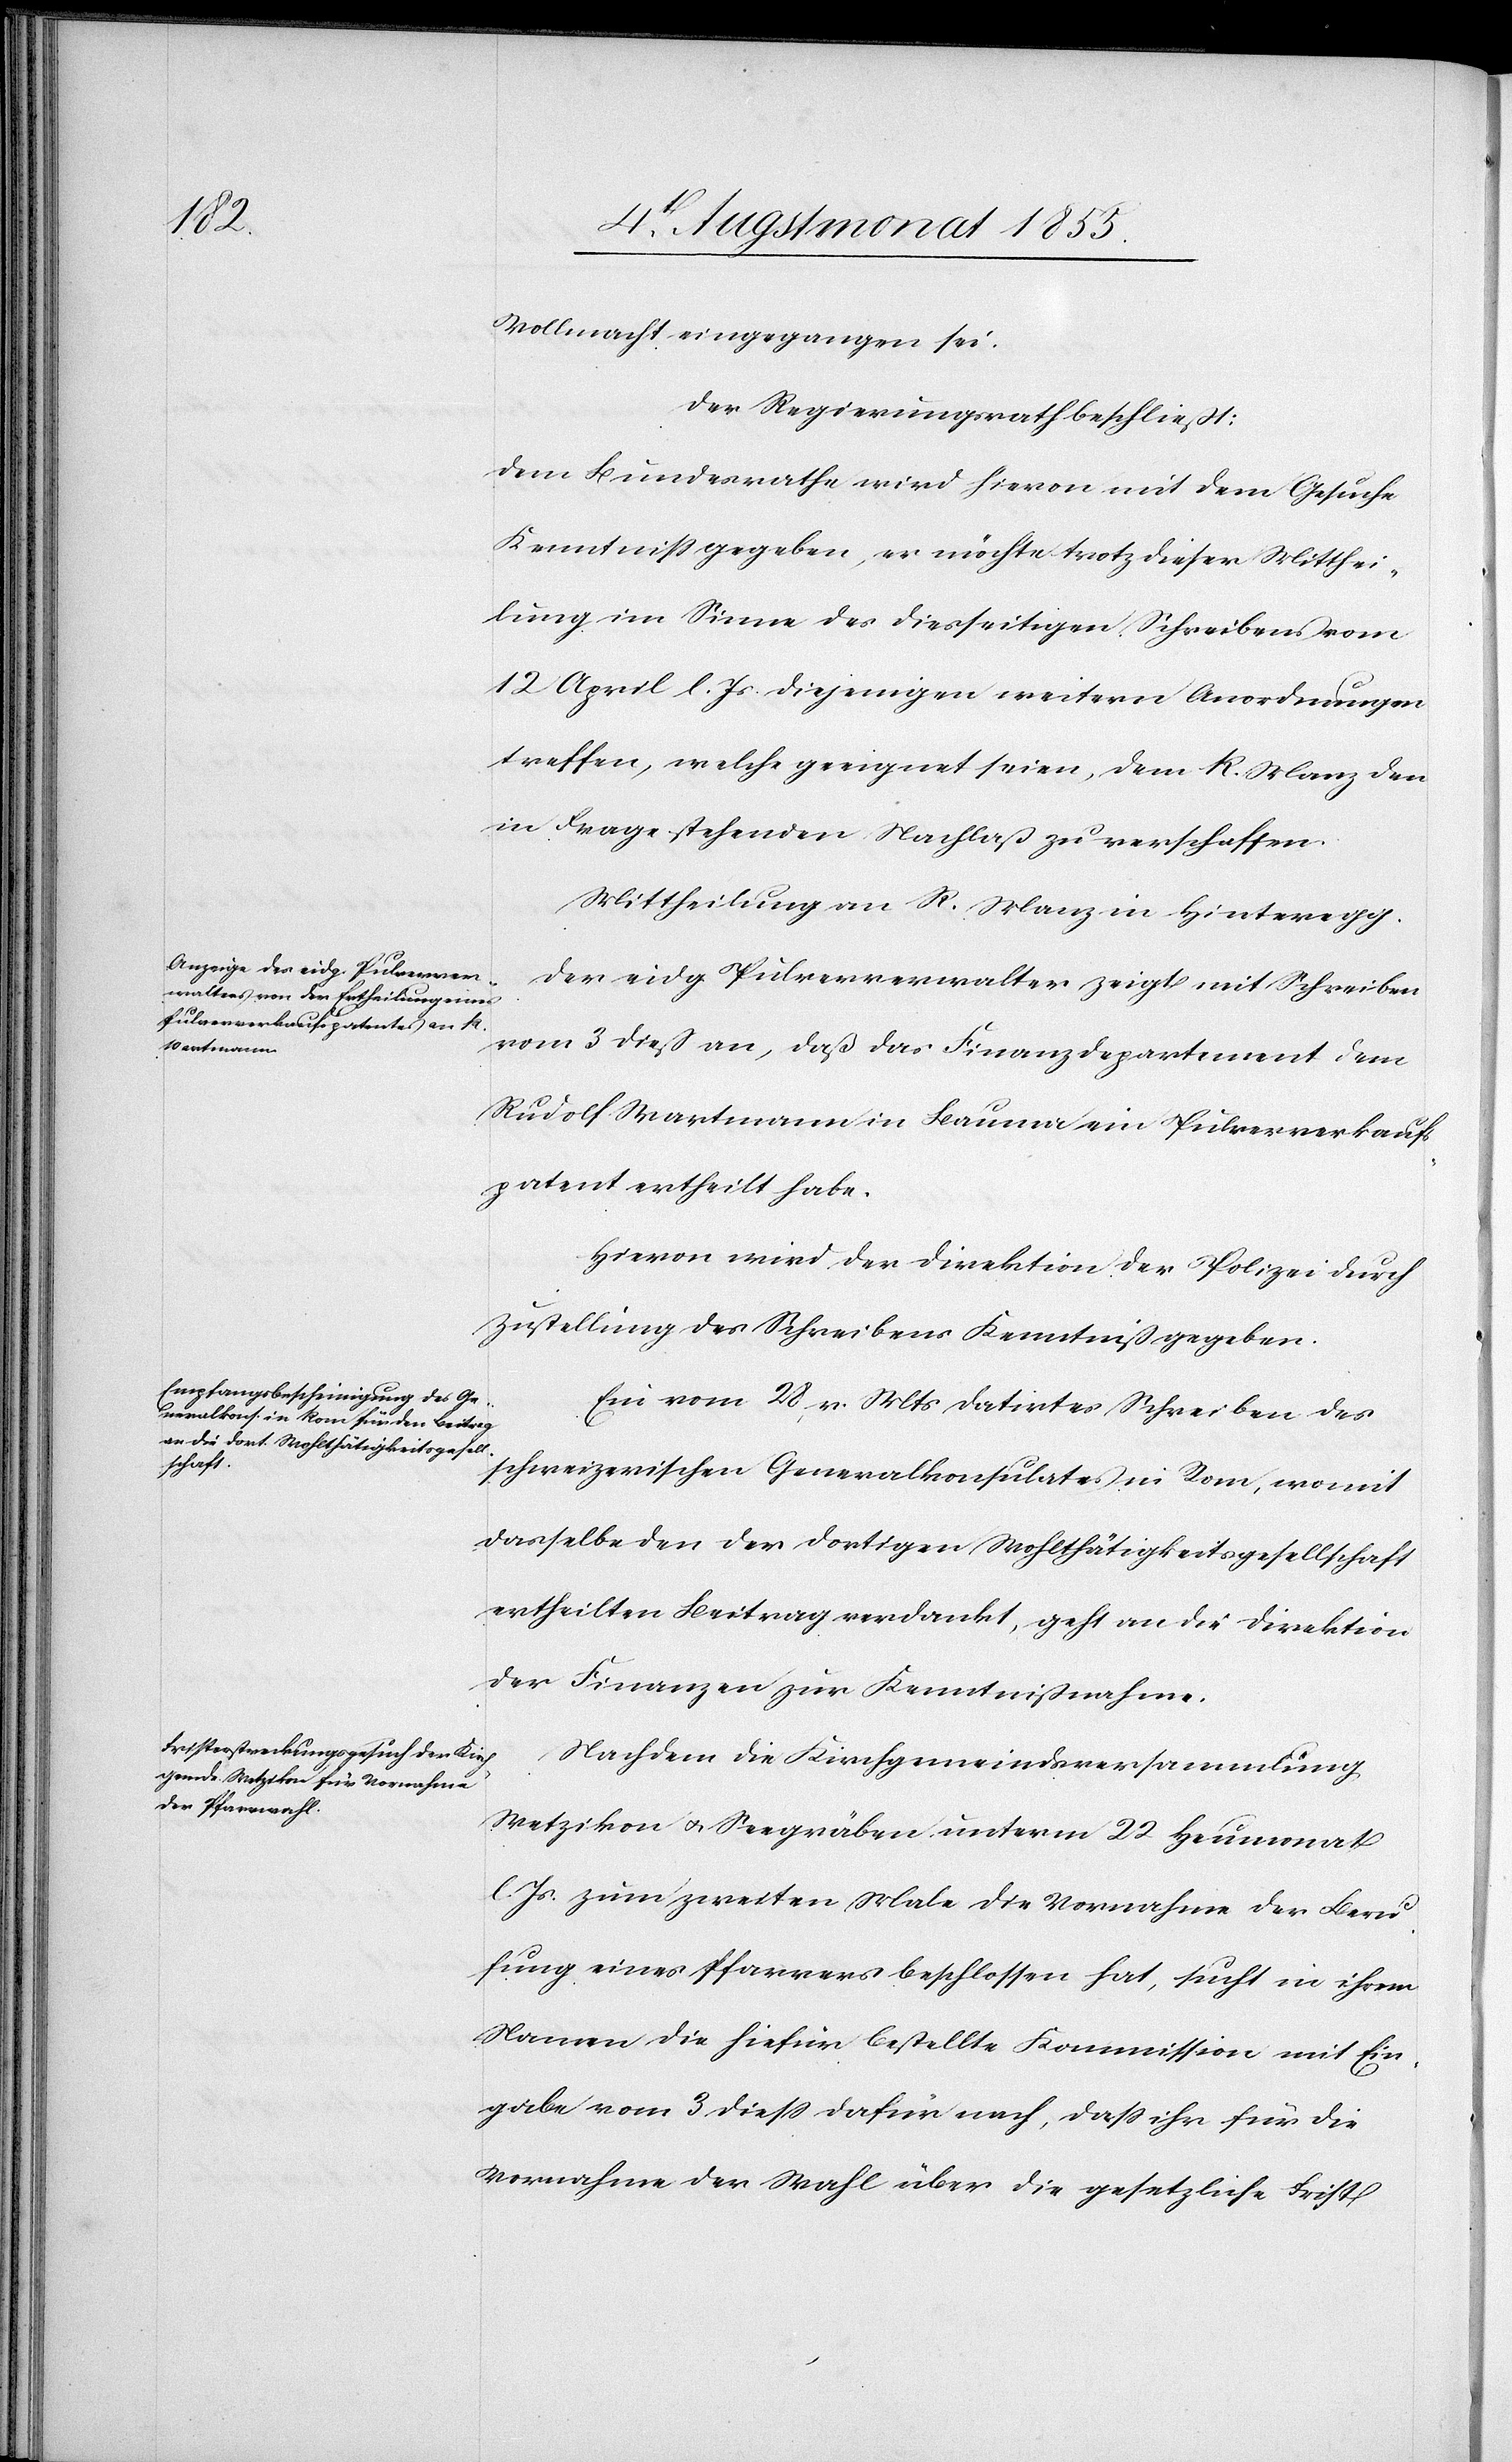
Vollmacht eingegangen sei.
Der Regierungsrath beschließt:
Dem Bundesrathe wird hievon mit dem Gesuche
Kenntniss gegeben, er möchte trotz dieser Mitthei¬
lung im Sinne des diesseitigen Schreibens vom
12 April l. Js. diejenigen weitern Anordnungen
treffen, welche geeignet seien, dem R. [recte:
in Frage stehenden Nachlaß zu verschaffen.
Mittheilung an R. [recte: K.] Manz in Hinteregg.
Der eidg. Pulververwalter zeigt mit Schreiben
vom 3 dieß an, daß das Finanzdepartement dem
Rudolf Wartmann in Bauma ein Pulververkaufs¬
patent ertheilt habe.
Hievon wird der Direktion der Polizei durch
Zustellung des Schreibens Kenntniß gegeben.
Ein vom 28 v. Mts datirtes Schreiben des
schweizerischen Generalkonsulates in Rom, womit
dasselbe den der dortigen Wohlthätigkeitsgesellschaft
ertheilten Beitrag verdankt, geht an die Direktion
der Finanzen zur Kenntnißnahme.
Nachdem die Kirchgemeindsversammlung
Wetzikon & Seegräben unterm 22 Heumonat
l. Js. zum zweiten Male die Vornahme der Beru¬
fung eines Pfarrers beschlossen hat, sucht in ihrem
Namen die hiefür bestellte Kommission mit Ein¬
gabe vom 3 diess dafür nach, dass ihr für die
Vornahme der Wahl über die gesetzliche Frist